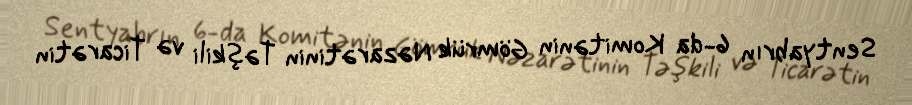
Sentyabrın 6-da Komitənin Gömrük Nəzarətinin Təşkili və Ticarətin